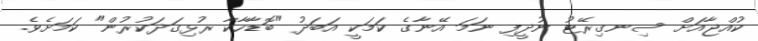
ކުއްޖާއަށް ސިނގިރޭޓު ނުދީފި ނަމަ އޭނާގެ ކަމަކީ އަބަދު "ބޮޑާހާކާ ރުޅިގަދަކުރުން" ކަމަށެވެ.